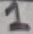
Text: 1